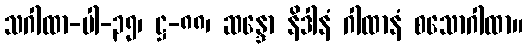
သဂါထာ-ပါ-၃၅၊ ဋ္ဌ-၈၈၊ ဆန္ဒော နိဒါနံ ဂါထာနံ စသောဂါထာ။